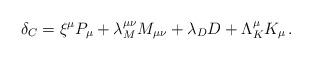
LaTeX: \begin{align*}\delta_C= \xi^\mu P_\mu + \lambda_M^{\mu\nu}M_{\mu\nu}+ \lambda_D D +\Lambda_K^\mu K_\mu \,.\end{align*}